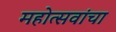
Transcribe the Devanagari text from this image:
महोत्सवांचा